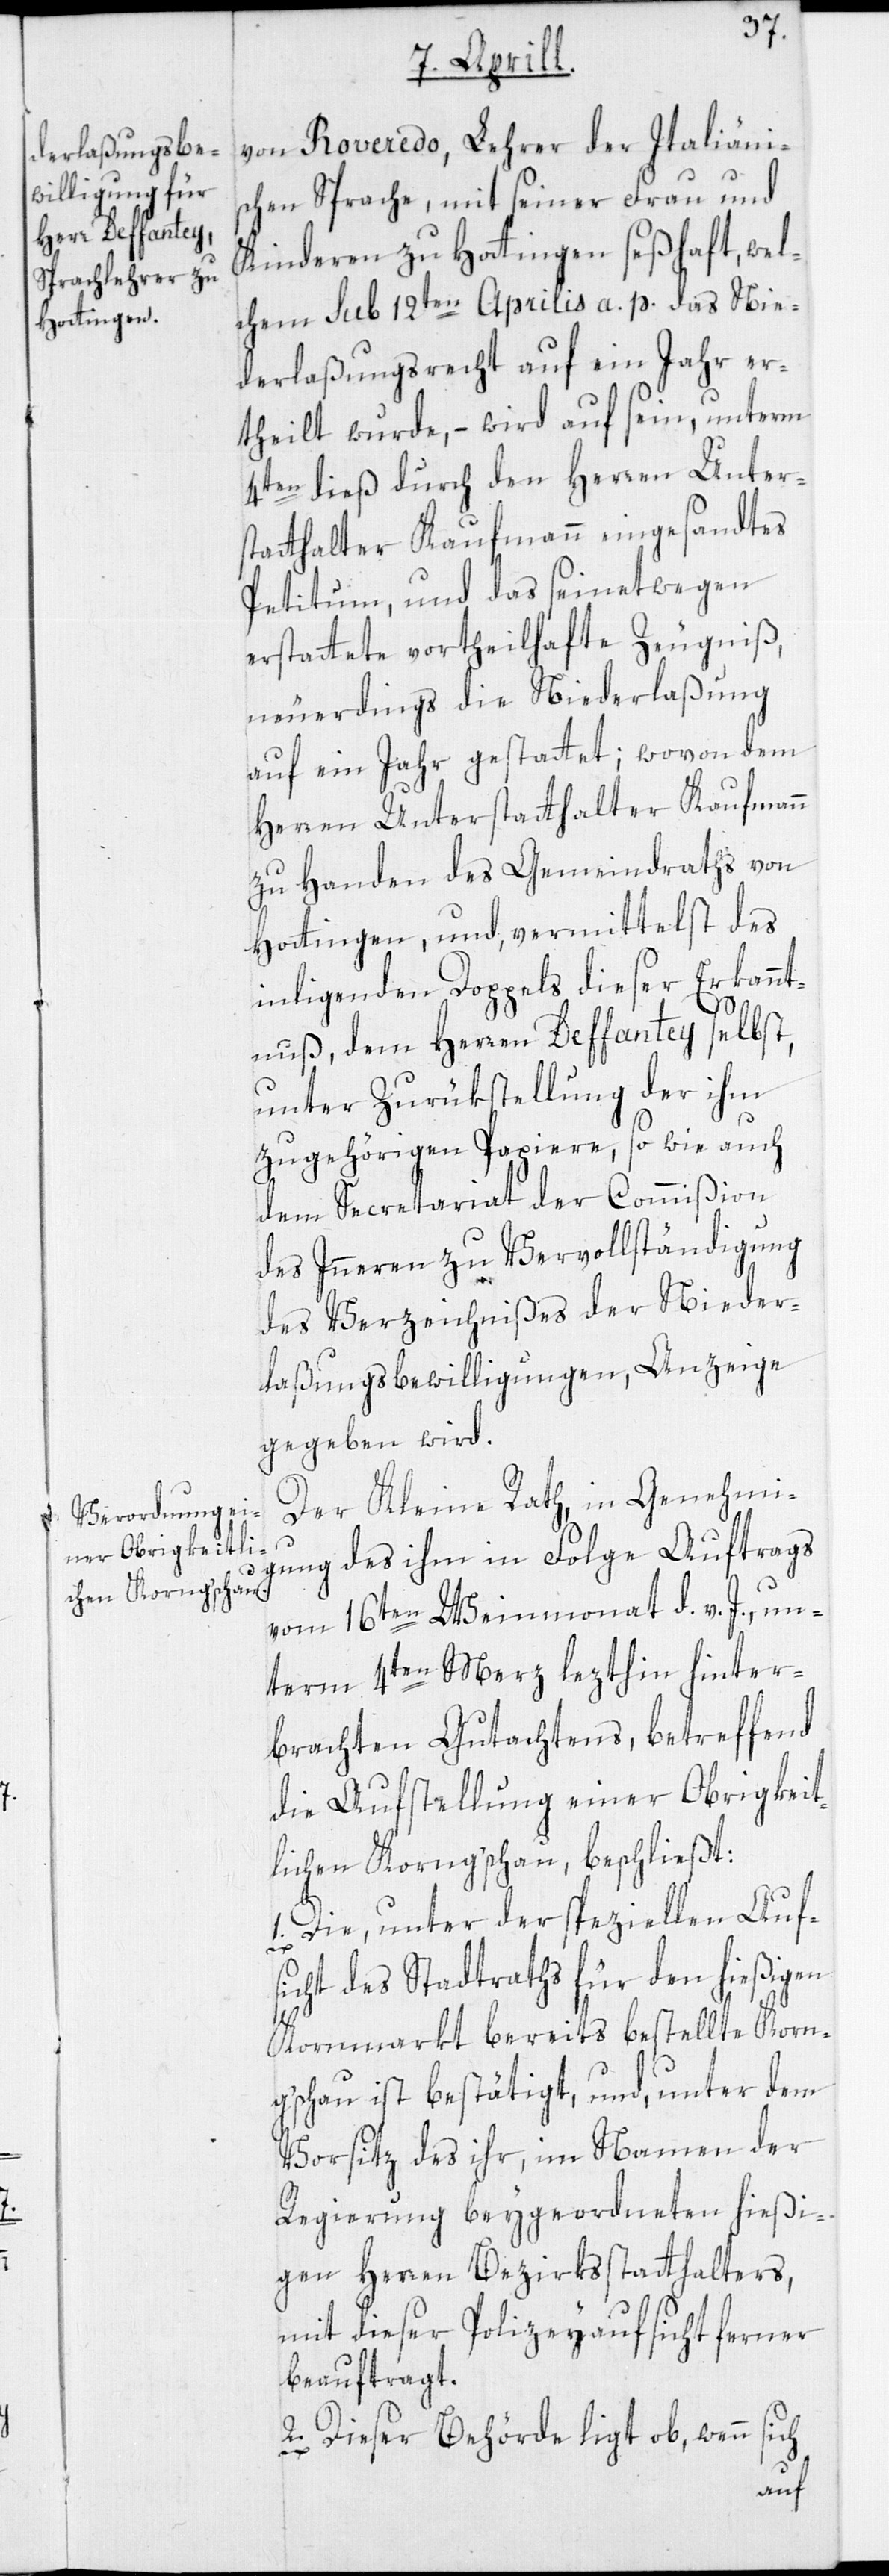
von Roveredo, Lehrer der Italiänis¬
chen Sprache, mit seiner Frau und
Kinderen zu Hottingen seßhaft, wel¬
chem sub 12ten Aprilis a. p. das Nie¬
derlaßungsrecht auf ein Jahr er¬
theilt wurde, – wird auf sein, unterm
4ten dieß durch den Herren Unter¬
statthalter Kaufmann eingesandtes
Petitum, und das seinetwegen
erstattete vortheilhafte Zeugniß,
neuerdings die Niederlaßung
auf ein Jahr gestattet; wovon dem
Herren Unterstatthalter Kaufmann
zu Handen des Gemeindraths von
Hottingen, und, vermittelst des
inligenden Doppels dieser Erkannt¬
nuß, dem Herren Deffantey selbst,
unter Zurükstellung der ihm
zugehörigen Papiere, so wie auch
dem Secretariat der Commißion
des Inneren zu Vervollständigung
des Verzeichnißes der Nieder¬
laßungsbewilligungen, Anzeige
gegeben wird.
Der Kleine Rath, in Genehmig¬
ung des ihm in Folge Auftrags
vom 16ten Weinmonat d. v. J., un¬
term 4ten Merz lezthin hinter¬
brachten Gutachtens, betreffend
die Aufstellung einer Obrigkeit¬
lichen Korng’schau, beschließt:
1. Die, unter der speziellen Auf¬
sicht des Stadtraths für den hießigen
Kornmarkt bereits bestellte Korn¬
g’schau ist bestätigt, und, unter dem
Vorsitz des ihr, im Namen der
Regierung beygeordneten hießi¬
gen Herren Bezirksstatthalters,
mit dieser Polizeyaufsicht ferner
beauftragt.
2. Dieser Behörde ligt ob, wenn sich